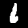
Digit: 6